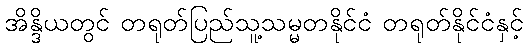
အိန္ဒိယတွင် တရုတ်ပြည်သူ့သမ္မတနိုင်ငံ တရုတ်နိုင်ငံနှင့်